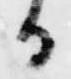
る